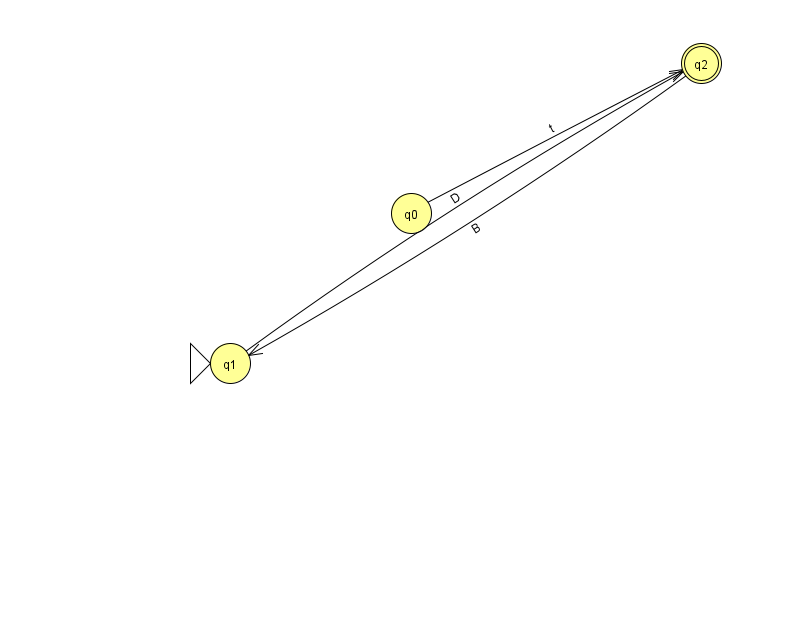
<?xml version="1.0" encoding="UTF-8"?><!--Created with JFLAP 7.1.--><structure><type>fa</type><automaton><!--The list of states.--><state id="0" name="q0"><x>411.0</x><y>200.0</y></state><state id="1" name="q1"><x>230.0</x><y>350.0</y><initial/></state><state id="2" name="q2"><x>701.0</x><y>50.0</y><final/></state><!--The list of transitions.--><transition><from>2</from><to>1</to><read>B</read></transition><transition><from>0</from><to>2</to><read>t</read></transition><transition><from>1</from><to>2</to><read>D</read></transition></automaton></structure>